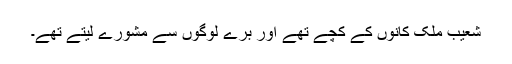
شعیب ملک کانوں کے کچے تھے اور برے لوگوں سے مشورے لیتے تھے۔